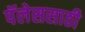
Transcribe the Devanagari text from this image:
पॅलेससाठी